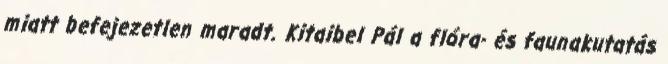
miatt befejezetlen maradt. Kitaibel Pál a flóra- és faunakutatás